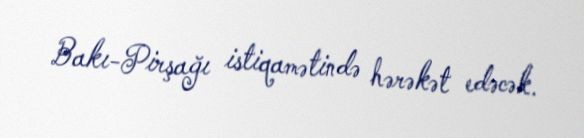
Bakı-Pirşağı istiqamətində hərəkət edəcək.